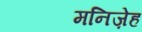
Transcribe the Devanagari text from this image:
मनिज़ेह